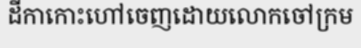
ដីកាកោះហៅចេញដោយលោកចៅក្រម